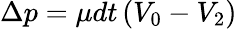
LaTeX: \Delta p=\mu dt\left(V_{0}-V_{2}\right)